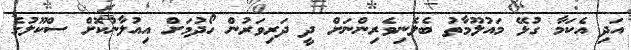
އަދި އެކަމާ ގުޅޭ މައުލޫމާތު ބެލެނިވެރިންނަށް ދީ ދަރިވަރުން ހޯދުމަށް އިއުލާނުކޮށް ސްކޫލުގެ